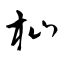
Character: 杣